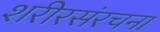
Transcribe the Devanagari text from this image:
शरीरसंरचना